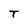
Character: T